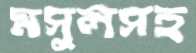
মসুলসহ